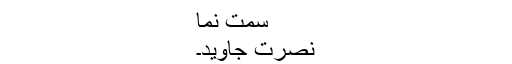
سمت نما
نصرت جاوید۔